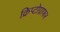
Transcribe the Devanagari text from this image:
क्रिप्टोग्राफर